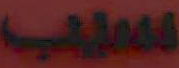
نصب